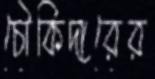
চৌকিদারের